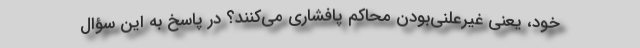
خود، یعنی غیرعلنی‌بودن محاکم پافشاری می‌کنند؟ در پاسخ به این سؤال